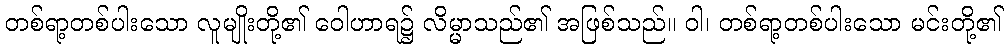
တစ်ရာ့တစ်ပါးသော လူမျိုးတို့၏ ဝေါဟာရ၌ လိမ္မာသည်၏ အဖြစ်သည်။ ဝါ၊ တစ်ရာ့တစ်ပါးသော မင်းတို့၏